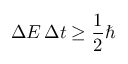
\Delta E \, \Delta t \geq { \frac { 1 } { 2 } } \hbar